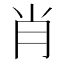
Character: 肖